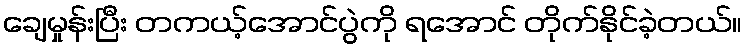
ချေမှုန်းပြီး တကယ့်အောင်ပွဲကို ရအောင် တိုက်နိုင်ခဲ့တယ်။